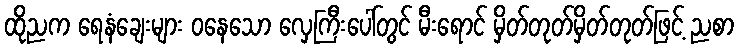
ထိုညက ရေနံချေးများ ဝနေသော လှေကြီးပေါ်တွင် မီးရောင် မှိတ်တုတ်မှိတ်တုတ်ဖြင့် ညစာ